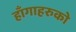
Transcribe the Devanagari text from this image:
हाँगाहरुको